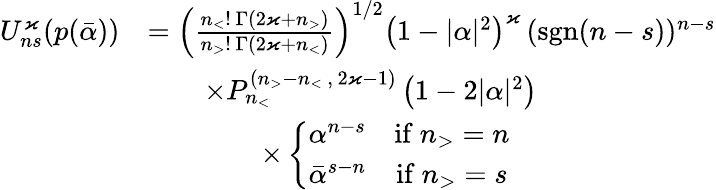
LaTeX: \begin{array}{rl}{U_{ns}^{\varkappa}(p(\bar{\alpha}))}&{=\left(\frac{n_{<}!\, \Gamma(2\varkappa+n_{>})}{n_{>}!\, \Gamma(2\varkappa+n_{<})}\right)^{1/2}\left(1-\vert\alpha\vert^{2}\right)^{\varkappa}\, (\mathrm{sgn}(n-s))^{n-s}}\\ &{\qquad\times P_{n_{<}}^{(n_{>}-n_{<}\, ,\, 2\varkappa-1)}\left(1-2\vert\alpha\vert^{2}\right)\, }\\ &{\qquad\qquad\times\left\lbrace\begin{array}{cc}{\alpha^{n-s}}&{\mathrm{if}\ n_{>}=n}\\ {\bar{\alpha}^{s-n}}&{\mathrm{if}\ n_{>}=s}\end{array}\right.}\end{array}